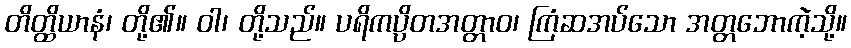
တိတ္ထိယာနံ၊ တို့၏။ ဝါ၊ တို့သည်။ ပရိကပ္ပိတအတ္တာဝ၊ ကြံဆအပ်သော အတ္တဘောကဲ့သို့။